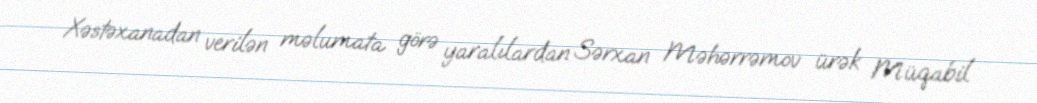
Xəstəxanadan verilən məlumata görə yaralılardan Sərxan Məhərrəmov ürək Müqabil